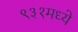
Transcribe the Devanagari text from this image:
९३१मध्ये